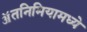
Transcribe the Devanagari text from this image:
ॲतनिमियामध्ये